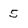
Character: 5